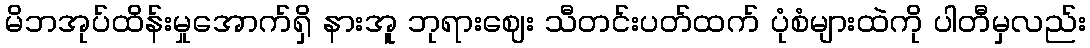
မိဘအုပ်ထိန်းမှုအောက်ရှိ နားအူ ဘုရားဈေး သီတင်းပတ်ထက် ပုံစံများထဲကို ပါတီမှလည်း